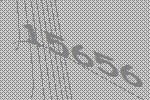
15656